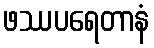
ဖဿပရေတာနံ